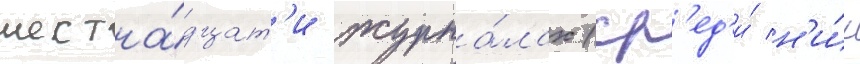
шестна́дцат'и журна́лах (ср'ед'и́ н'и́х